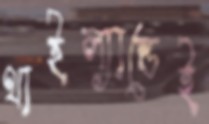
থাইল্যান্ডেই